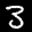
Label: 3